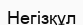
Негізқұл